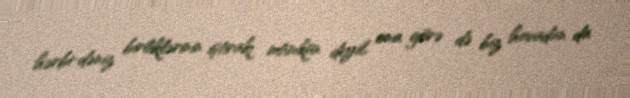
hərbi-dəniz birliklərinin iştirakı mümkün deyil, ona görə də biz havadan da